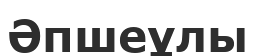
Әпшеұлы